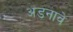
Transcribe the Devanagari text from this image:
अडनावे